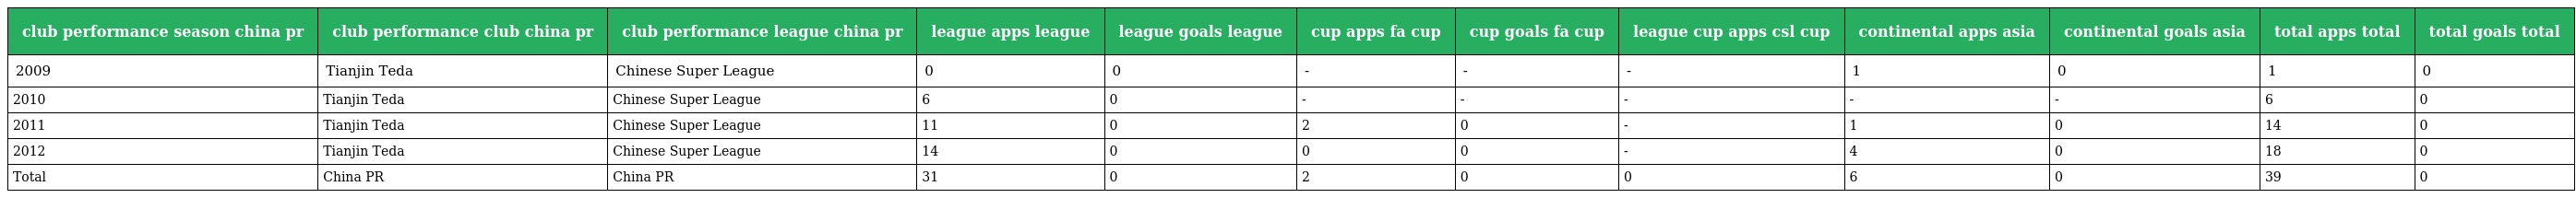
| club performance season china pr | club performance club china pr | club performance league china pr | league apps league | league goals league | cup apps fa cup | cup goals fa cup | league cup apps csl cup | continental apps asia | continental goals asia | total apps total | total goals total |
 | --- | --- | --- | --- | --- | --- | --- | --- | --- | --- | --- | --- |
 | 2009 | Tianjin Teda | Chinese Super League | 0 | 0 | - | - | - | 1 | 0 | 1 | 0 |
 | 2010 | Tianjin Teda | Chinese Super League | 6 | 0 | - | - | - | - | - | 6 | 0 |
 | 2011 | Tianjin Teda | Chinese Super League | 11 | 0 | 2 | 0 | - | 1 | 0 | 14 | 0 |
 | 2012 | Tianjin Teda | Chinese Super League | 14 | 0 | 0 | 0 | - | 4 | 0 | 18 | 0 |
 | Total | China PR | China PR | 31 | 0 | 2 | 0 | 0 | 6 | 0 | 39 | 0 |